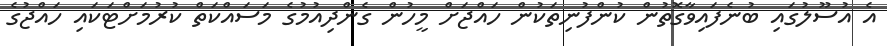
އެ އުސޫލުގައި ބުނެފައިވާގޮތުން ކުންފުނިތަކުން ހައްޖަށް މީހުން ގެންދިއުމުގެ މަސައްކަތް ކުރުމަށްޓަކައި ހައްޖުގެ